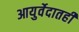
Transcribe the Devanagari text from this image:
आयुर्वेदातही